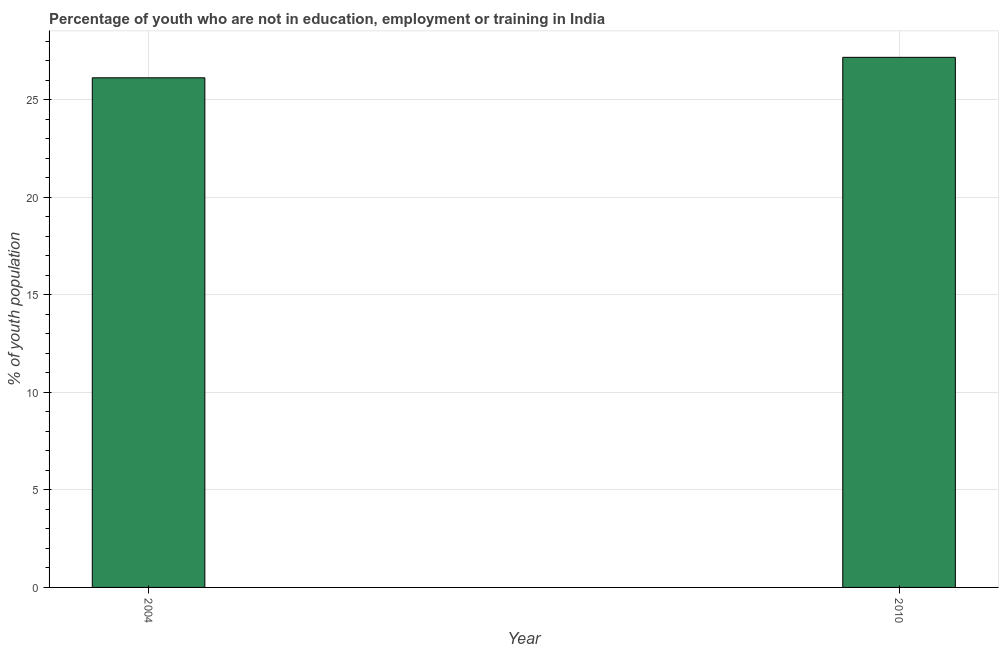
| Year | Unemployed youth |
 | --- | --- |
 | 2004 | 26.1 |
 | 2010 | 27.2 |